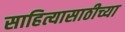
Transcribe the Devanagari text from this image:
साहित्यासाठीच्या